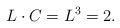
LaTeX: \begin{align*} L \cdot C = L^3 = 2.\end{align*}